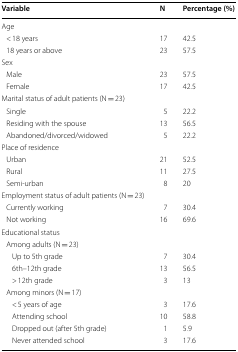
<table><thead><tr><td><b>Variable</b></td><td><b>N</b></td><td><b>Percentage (%)</b></td></tr></thead><tbody><tr><td colspan="3">Age</td></tr><tr><td> &lt; 18 years</td><td>17</td><td>42.5</td></tr><tr><td> 18 years or above</td><td>23</td><td>57.5</td></tr><tr><td colspan="3">Sex</td></tr><tr><td> Male</td><td>23</td><td>57.5</td></tr><tr><td> Female</td><td>17</td><td>42.5</td></tr><tr><td colspan="3">Marital status of adult patients (N = 23)</td></tr><tr><td> Single</td><td>5</td><td>22.2</td></tr><tr><td> Residing with the spouse</td><td>13</td><td>56.5</td></tr><tr><td> Abandoned/divorced/widowed</td><td>5</td><td>22.2</td></tr><tr><td colspan="3">Place of residence</td></tr><tr><td> Urban</td><td>21</td><td>52.5</td></tr><tr><td> Rural</td><td>11</td><td>27.5</td></tr><tr><td> Semi-urban</td><td>8</td><td>20</td></tr><tr><td colspan="3">Employment status of adult patients (N = 23)</td></tr><tr><td> Currently working</td><td>7</td><td>30.4</td></tr><tr><td> Not working</td><td>16</td><td>69.6</td></tr><tr><td colspan="3">Educational status</td></tr><tr><td colspan="3"> Among adults (N = 23)</td></tr><tr><td>Up to 5th grade</td><td>7</td><td>30.4</td></tr><tr><td>6th–12th grade</td><td>13</td><td>56.5</td></tr><tr><td>&gt; 12th grade</td><td>3</td><td>13</td></tr><tr><td colspan="3"> Among minors (N = 17)</td></tr><tr><td>&lt; 5 years of age</td><td>3</td><td>17.6</td></tr><tr><td>Attending school</td><td>10</td><td>58.8</td></tr><tr><td>Dropped out (after 5th grade)</td><td>1</td><td>5.9</td></tr><tr><td>Never attended school</td><td>3</td><td>17.6</td></tr></tbody></table>